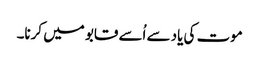
موت کی یاد سے اُسے قابو میں کرنا۔